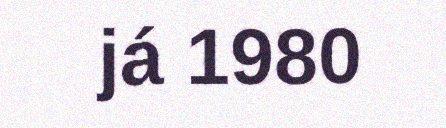
já 1980